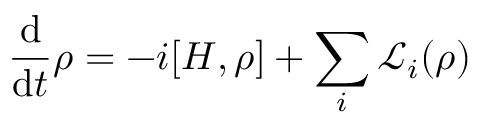
\frac { \mathrm { d } } { \mathrm { d } t } \rho = - i [ H , \rho ] + \sum _ { i } \mathcal { L } _ { i } ( \rho )